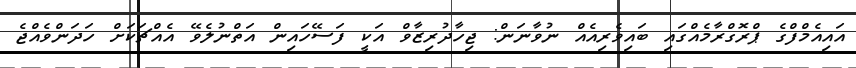
އައިއެމްފްގެ ޕްރޮގްރާމެއްގައި ބައިވެރިއެއް ނުވާނަން: ޖިހާދުރިޒާވް އަކީ ފަސޭހައިން އަތްނުލެވޭ އެއްޗަކަށް ހަދަންވެއްޖެ